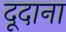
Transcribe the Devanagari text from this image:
दूदाना